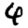
Digit: 6